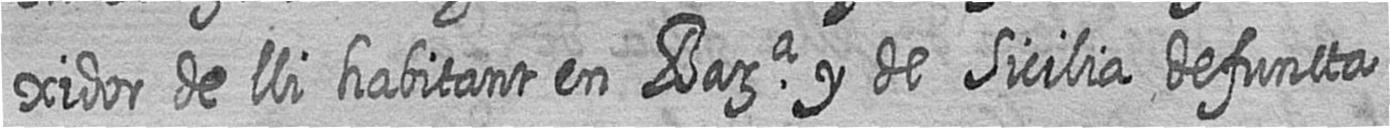
xidor de lli habitant en Bara y de Sicilia defuncta